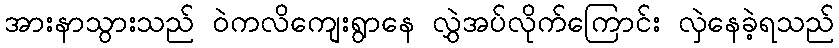
အားနာသွားသည် ဝဲကလိကျေးရွာနေ လွှဲအပ်လိုက်ကြောင်း လှဲနေခဲ့ရသည်